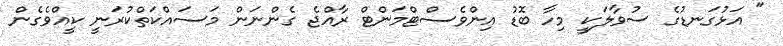
" އަޅުގަނޑުގެ ސުވާލަކީ މިހާ ބޮޑު އިންވެސްޓްމަންޓް ރާއްޖެ ގެންނަން މަސައްކަތްކުރަނީ ކީއްވެގެން